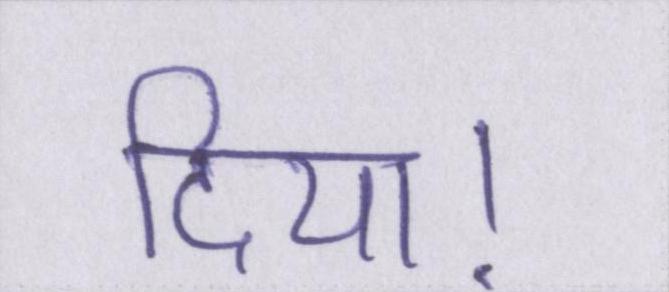
दिया।